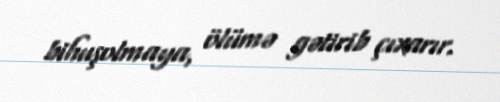
bihuşolmaya, ölümə gətirib çıxarır.